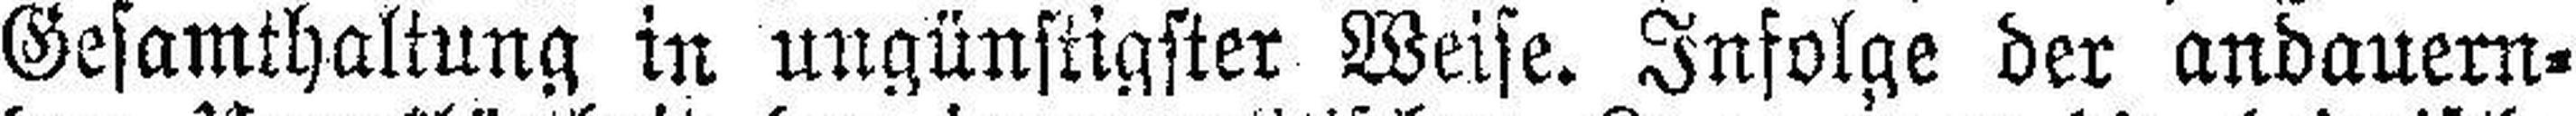
Gesamthaltung in ungünstigster Weise. Infolge der andauern¬